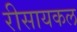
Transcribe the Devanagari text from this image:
रीसायकल